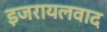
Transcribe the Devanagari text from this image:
इजरायलवाद